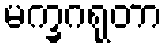
မက္ခဂရုတာ